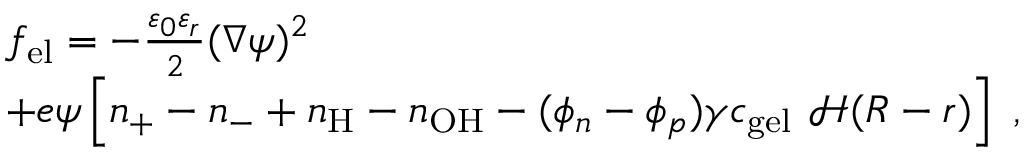
\begin{array} { r l } & { f _ { \mathrm { e l } } = - \frac { \varepsilon _ { 0 } \varepsilon _ { r } } { 2 } ( \nabla \psi ) ^ { 2 } } \\ & { + e \psi \left[ n _ { + } - n _ { - } + n _ { \mathrm { H } } - n _ { \mathrm { O H } } - ( \phi _ { n } - \phi _ { p } ) \gamma c _ { \mathrm { g e l } } ~ { \mathcal H } ( R - r ) \right] \ , } \end{array}